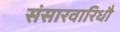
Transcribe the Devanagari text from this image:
संसारवारिधौ